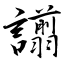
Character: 譾